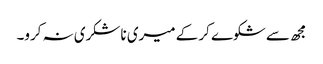
مجھ سے شکوے کر کے میری ناشکری نہ کرو۔